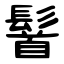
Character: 䭮